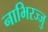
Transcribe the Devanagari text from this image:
नाभिरज्जु